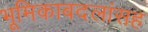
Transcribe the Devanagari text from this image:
भूमिकाबदलांसह